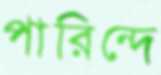
পারিন্দে